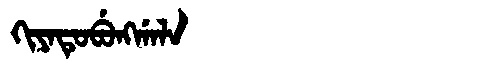
Manchu: ᡴᡳᠶᠠᡨᡠᠪᡠᠩᡤᠠᠯᠠ
Romanization: KIYATUBUNGGALA